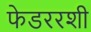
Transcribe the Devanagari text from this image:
फेडररशी